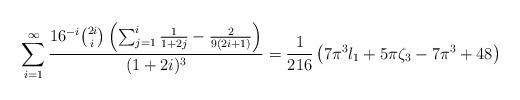
LaTeX: \begin{align*}\sum_{i=1}^{\infty } \frac{16^{-i} \binom{2 i}{i} \left(\sum_{j=1}^i \frac{1}{1+2 j}-\frac{2}{9 (2i +1)}\right)}{(1+2 i)^3}=\frac{1}{216} \left(7 \pi ^3 l_1+5 \pi \zeta_3-7 \pi ^3+48\right)\end{align*}